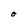
Character: O